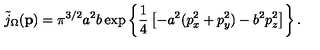
\tilde { j } _ { \Omega } ( { \bf p } ) = \pi ^ { 3 / 2 } a ^ { 2 } b \exp \left\{ \frac { 1 } { 4 } \left[ - a ^ { 2 } ( p _ { x } ^ { 2 } + p _ { y } ^ { 2 } ) - b ^ { 2 } p _ { z } ^ { 2 } \right] \right\} .